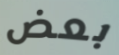
بعض